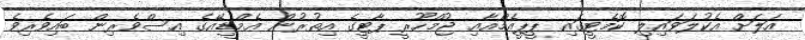
އަލަށް އެކުލަވައިލި ކޮމެޓީގައި ޕީޕީއެމްއާއި ޖުމްހޫރީ ޕާޓީގެ އިތުރުން އެމްޑީއޭގެ އިސްވެރިން ބައިވެރިވެ